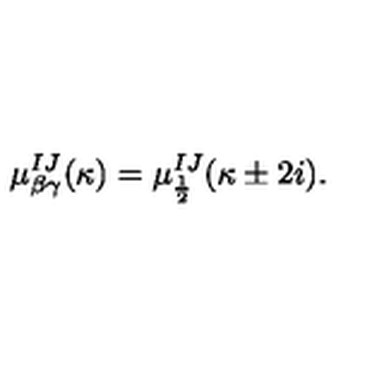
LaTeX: \mu _ { \beta \gamma } ^ { I J } ( \kappa ) = \mu _ { \frac 1 2 } ^ { I J } ( \kappa \pm 2 i ) .